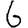
Digit: 6